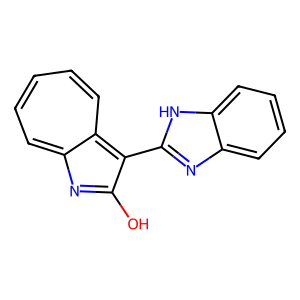
SMILES: Oc1nc2cccccc-2c1-c1nc2ccccc2[nH]1
Inhibits HIV replication: No